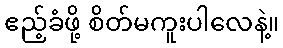
ဧည့်ခံဖို့ စိတ်မကူးပါလေနဲ့။